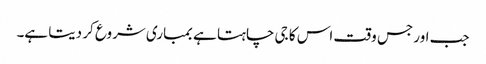
جب اور جس وقت اس کا جی چاہتا ہے بمباری شروع کر دیتا ہے۔